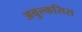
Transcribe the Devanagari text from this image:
अबुल्कसिस